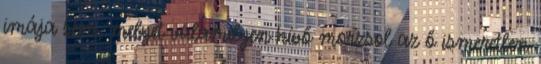
imája sem, melyet valamilyen hívő morzsol az ő ismeretlen